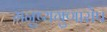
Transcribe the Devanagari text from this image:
मनुष्यगुणारोप